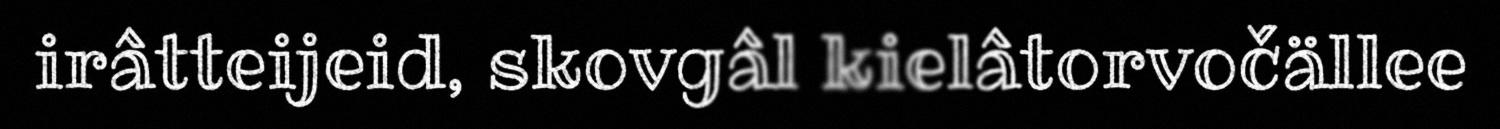
irâtteijeid, skovgâl kielâtorvočällee